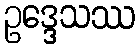
ဥဒ္ဒေသဿ